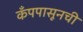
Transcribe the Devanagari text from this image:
कँपपासूनची